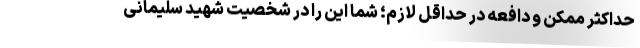
حداکثر ممکن و دافعه در حداقل لازم؛ شما این را در شخصیت شهید سلیمانی